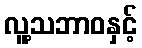
လူ့သဘာဝနှင့်